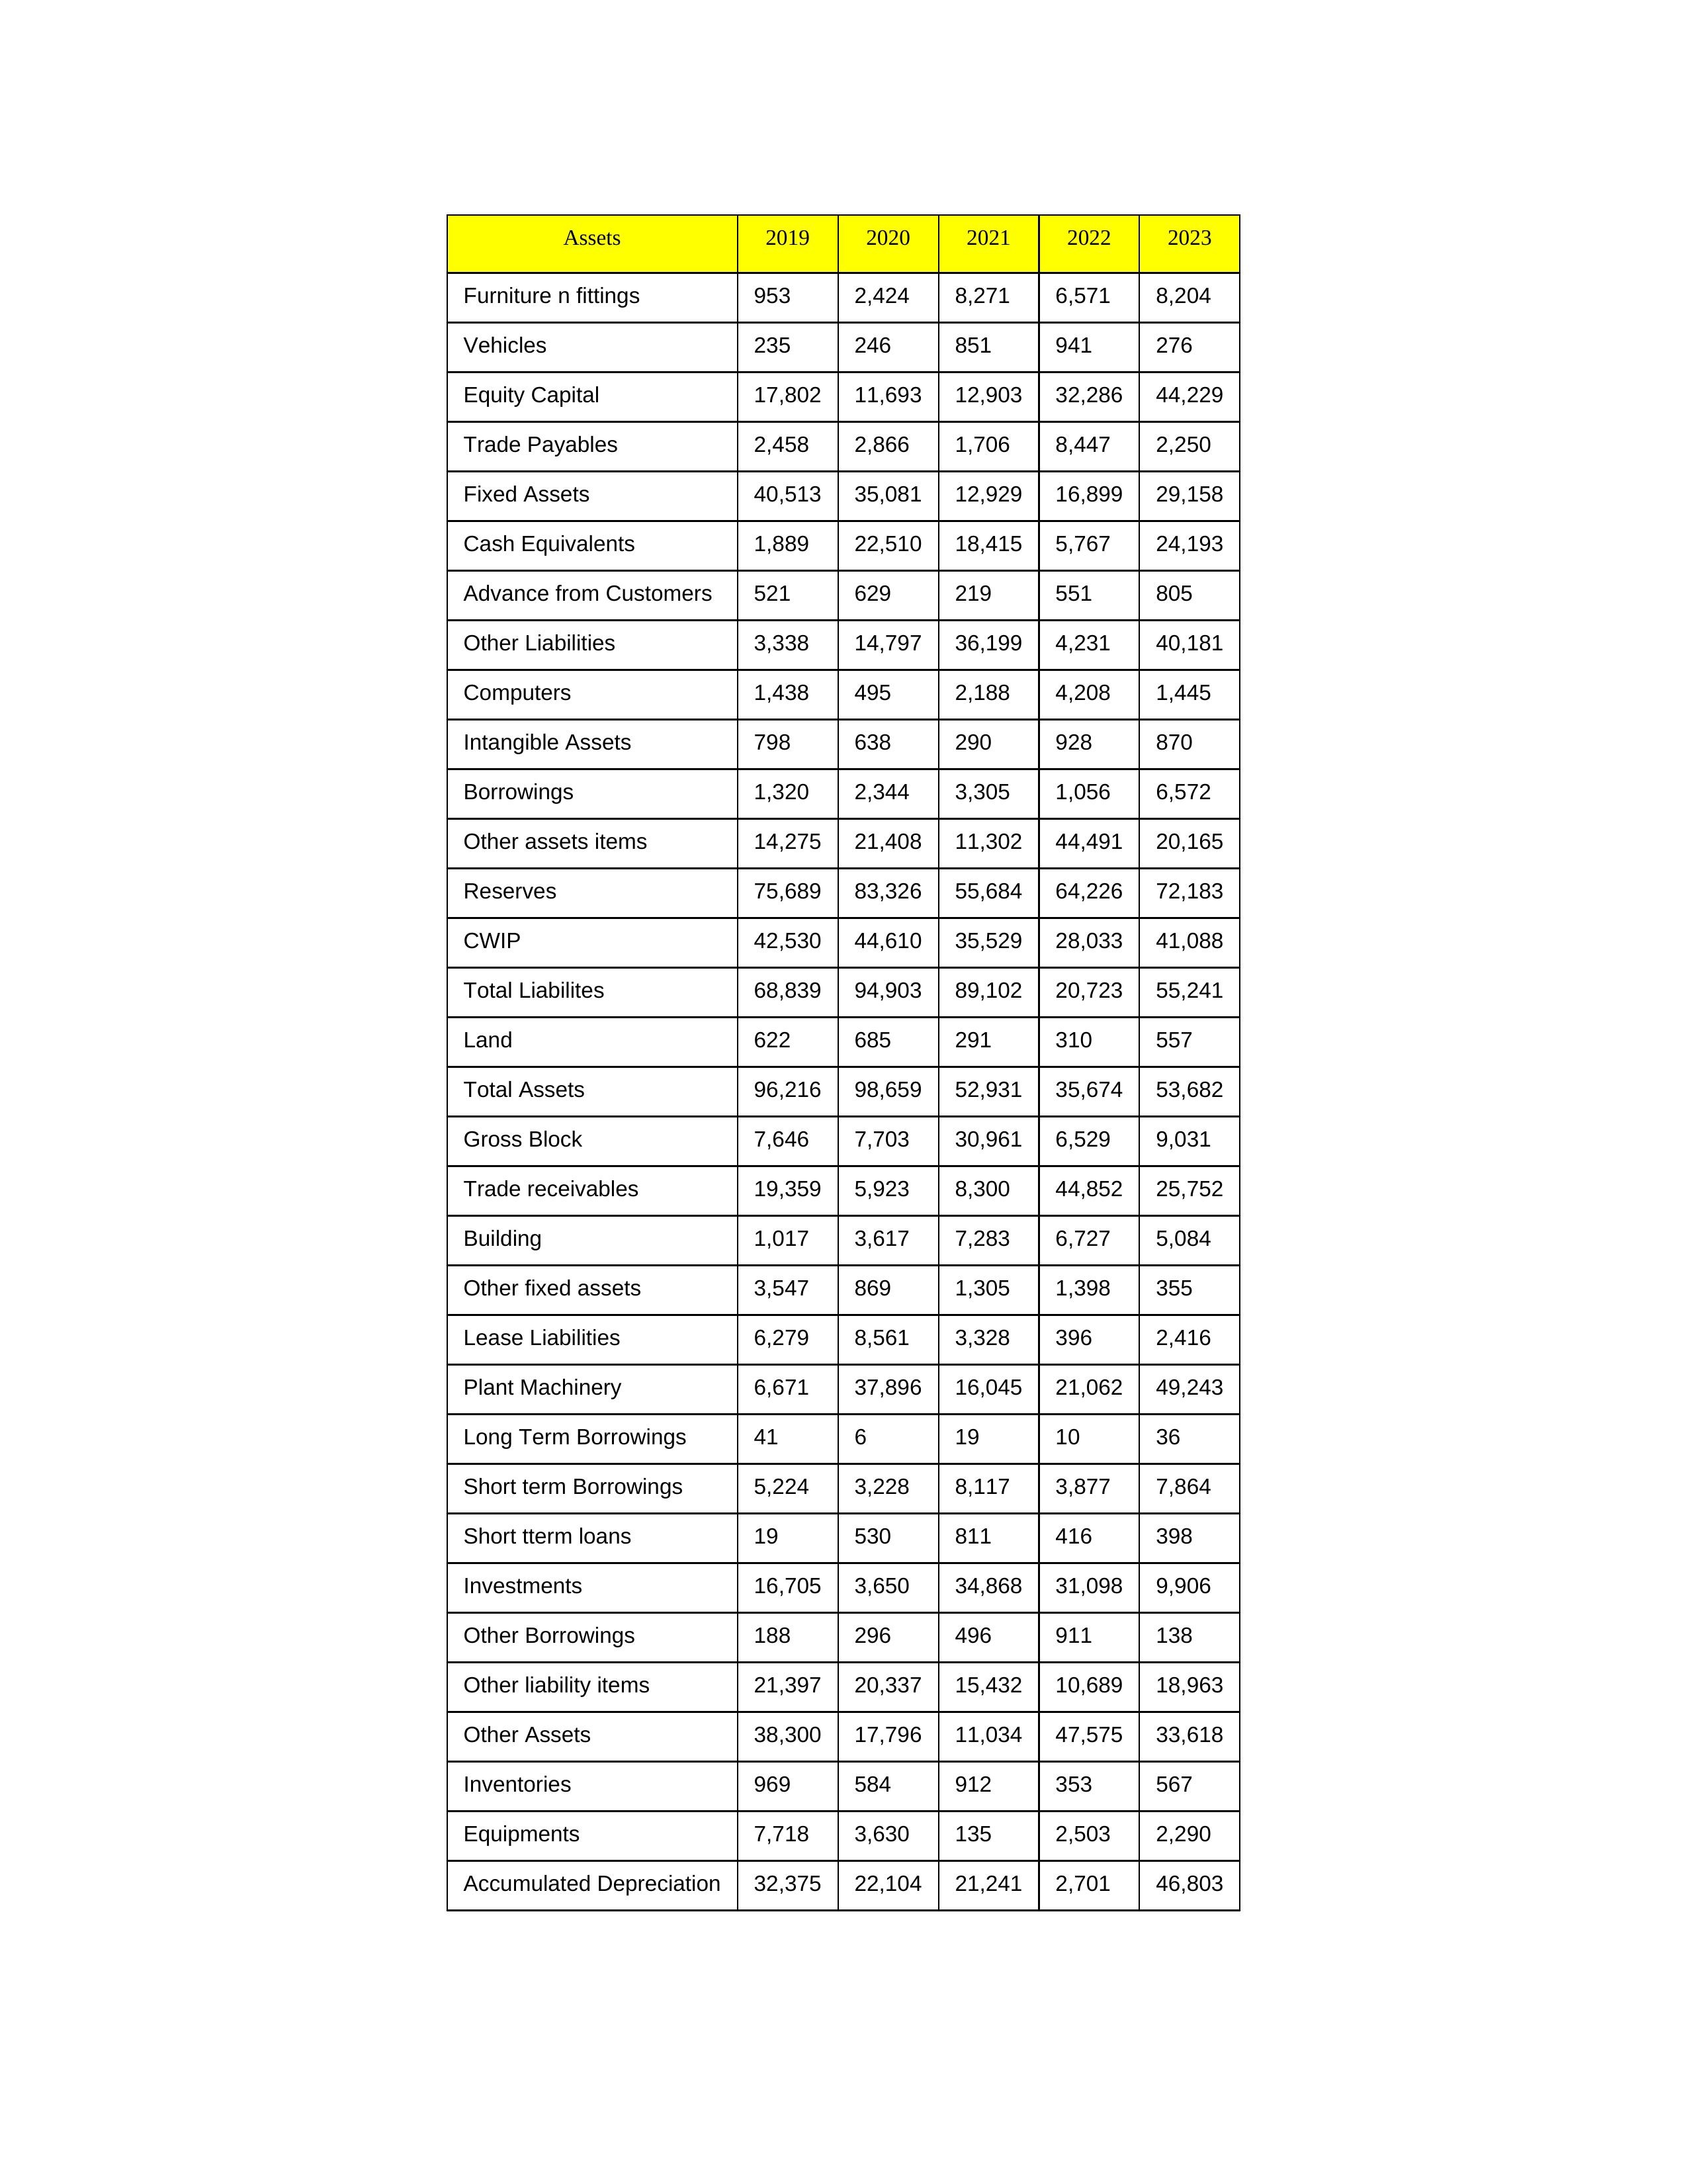
gt_parse: 2019: Equity Capital: 17,802
Reserves: 75,689
Borrowings: 1,320
Long Term Borrowings: 41
Short term Borrowings: 5,224
Lease Liabilities: 6,279
Other Borrowings: 188
Other Liabilities: 3,338
Trade Payables: 2,458
Advance from Customers: 521
Other liability items: 21,397
Total Liabilites: 68,839
Fixed Assets: 40,513
Land: 622
Building: 1,017
Plant Machinery: 6,671
Equipments: 7,718
Computers: 1,438
Furniture n fittings: 953
Vehicles: 235
Intangible Assets: 798
Other fixed assets: 3,547
Gross Block: 7,646
Accumulated Depreciation: 32,375
CWIP: 42,530
Investments: 16,705
Other Assets: 38,300
Inventories: 969
Trade receivables: 19,359
Cash Equivalents: 1,889
Short tterm loans: 19
Other assets items: 14,275
Total Assets: 96,216
2020: Equity Capital: 11,693
Reserves: 83,326
Borrowings: 2,344
Long Term Borrowings: 6
Short term Borrowings: 3,228
Lease Liabilities: 8,561
Other Borrowings: 296
Other Liabilities: 14,797
Trade Payables: 2,866
Advance from Customers: 629
Other liability items: 20,337
Total Liabilites: 94,903
Fixed Assets: 35,081
Land: 685
Building: 3,617
Plant Machinery: 37,896
Equipments: 3,630
Computers: 495
Furniture n fittings: 2,424
Vehicles: 246
Intangible Assets: 638
Other fixed assets: 869
Gross Block: 7,703
Accumulated Depreciation: 22,104
CWIP: 44,610
Investments: 3,650
Other Assets: 17,796
Inventories: 584
Trade receivables: 5,923
Cash Equivalents: 22,510
Short tterm loans: 530
Other assets items: 21,408
Total Assets: 98,659
2021: Equity Capital: 12,903
Reserves: 55,684
Borrowings: 3,305
Long Term Borrowings: 19
Short term Borrowings: 8,117
Lease Liabilities: 3,328
Other Borrowings: 496
Other Liabilities: 36,199
Trade Payables: 1,706
Advance from Customers: 219
Other liability items: 15,432
Total Liabilites: 89,102
Fixed Assets: 12,929
Land: 291
Building: 7,283
Plant Machinery: 16,045
Equipments: 135
Computers: 2,188
Furniture n fittings: 8,271
Vehicles: 851
Intangible Assets: 290
Other fixed assets: 1,305
Gross Block: 30,961
Accumulated Depreciation: 21,241
CWIP: 35,529
Investments: 34,868
Other Assets: 11,034
Inventories: 912
Trade receivables: 8,300
Cash Equivalents: 18,415
Short tterm loans: 811
Other assets items: 11,302
Total Assets: 52,931
2022: Equity Capital: 32,286
Reserves: 64,226
Borrowings: 1,056
Long Term Borrowings: 10
Short term Borrowings: 3,877
Lease Liabilities: 396
Other Borrowings: 911
Other Liabilities: 4,231
Trade Payables: 8,447
Advance from Customers: 551
Other liability items: 10,689
Total Liabilites: 20,723
Fixed Assets: 16,899
Land: 310
Building: 6,727
Plant Machinery: 21,062
Equipments: 2,503
Computers: 4,208
Furniture n fittings: 6,571
Vehicles: 941
Intangible Assets: 928
Other fixed assets: 1,398
Gross Block: 6,529
Accumulated Depreciation: 2,701
CWIP: 28,033
Investments: 31,098
Other Assets: 47,575
Inventories: 353
Trade receivables: 44,852
Cash Equivalents: 5,767
Short tterm loans: 416
Other assets items: 44,491
Total Assets: 35,674
2023: Equity Capital: 44,229
Reserves: 72,183
Borrowings: 6,572
Long Term Borrowings: 36
Short term Borrowings: 7,864
Lease Liabilities: 2,416
Other Borrowings: 138
Other Liabilities: 40,181
Trade Payables: 2,250
Advance from Customers: 805
Other liability items: 18,963
Total Liabilites: 55,241
Fixed Assets: 29,158
Land: 557
Building: 5,084
Plant Machinery: 49,243
Equipments: 2,290
Computers: 1,445
Furniture n fittings: 8,204
Vehicles: 276
Intangible Assets: 870
Other fixed assets: 355
Gross Block: 9,031
Accumulated Depreciation: 46,803
CWIP: 41,088
Investments: 9,906
Other Assets: 33,618
Inventories: 567
Trade receivables: 25,752
Cash Equivalents: 24,193
Short tterm loans: 398
Other assets items: 20,165
Total Assets: 53,682